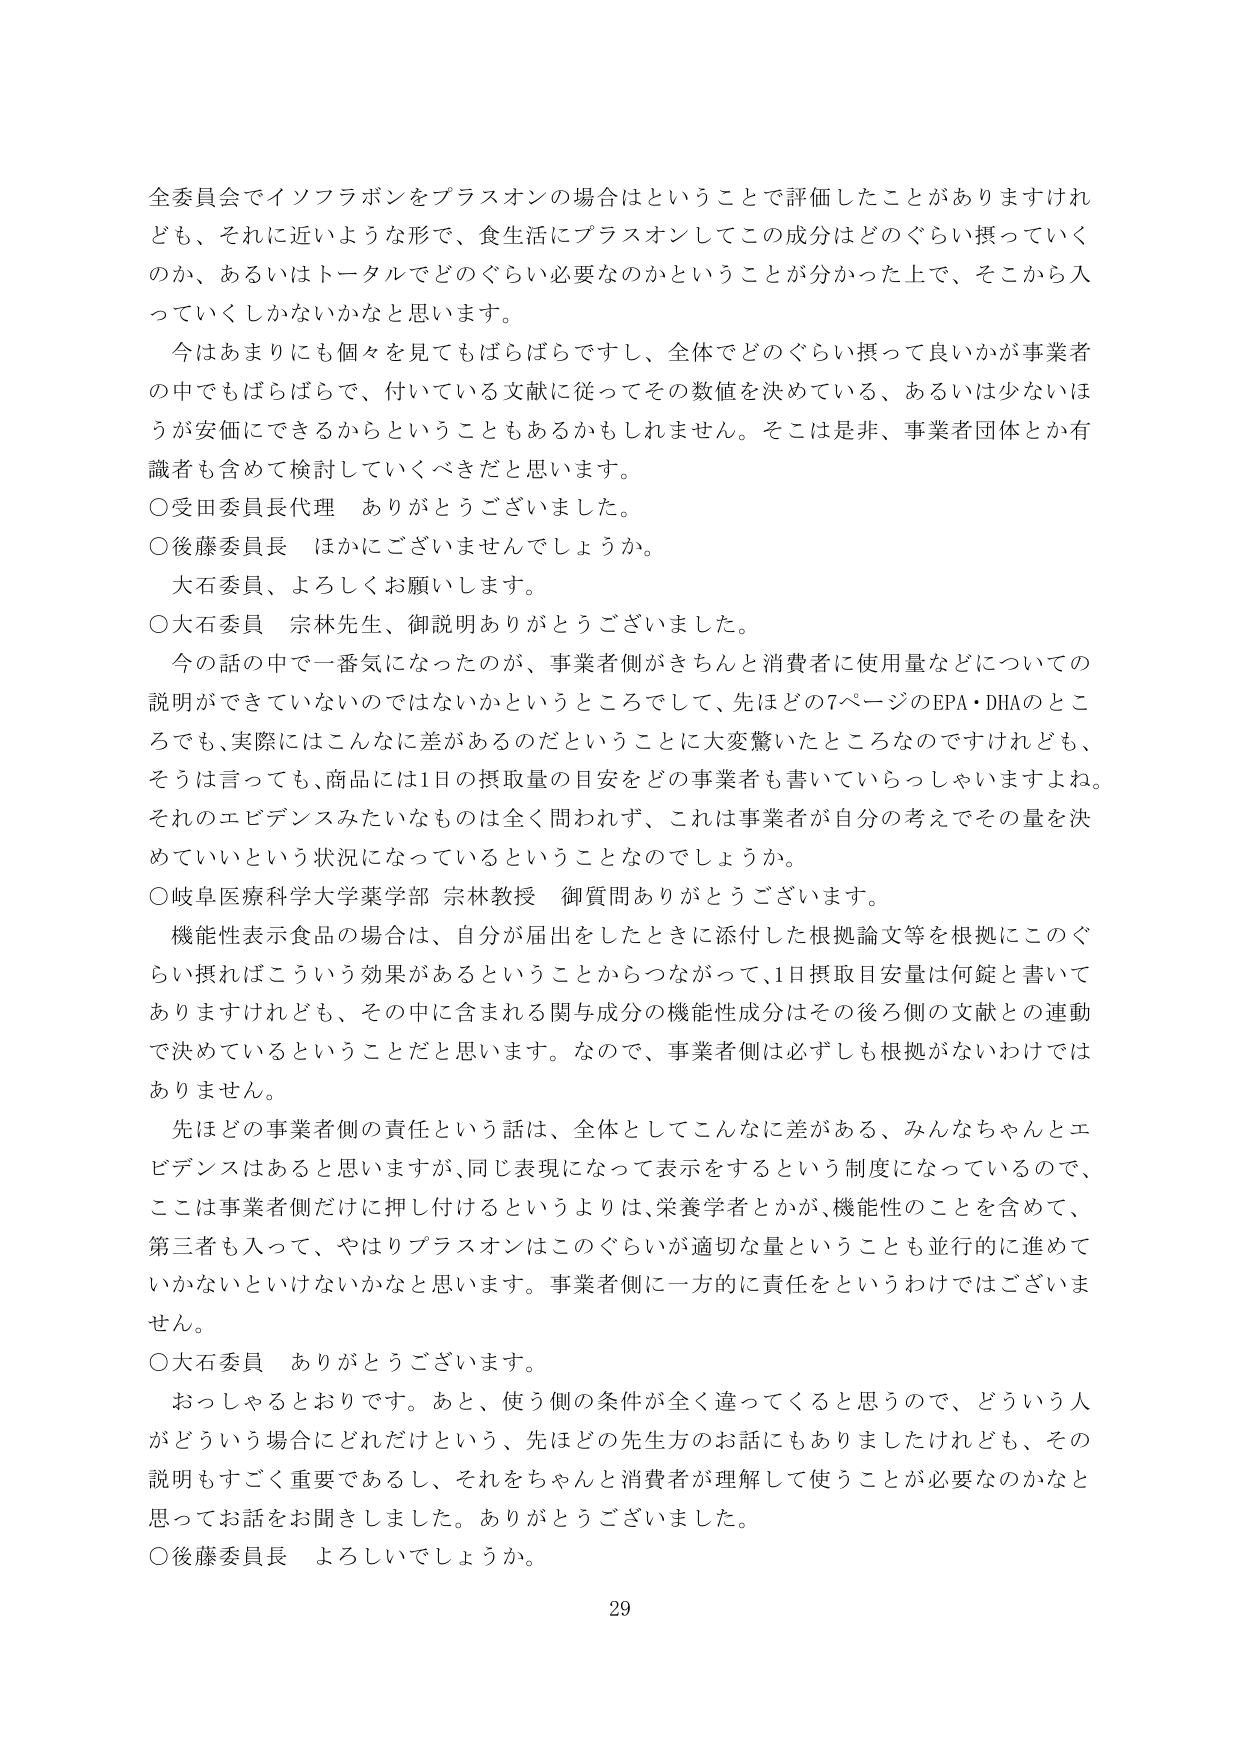
全委員会でイソフラボンをプラスオンの場合はということで評価したことがありますけれども、それに近いような形で、食生活にプラスオンしてこの成分はどのぐらい摂っていくのか、あるいはトータルでどのぐらい必要なのかということが分かった上で、そこから入っていくしかないかなと思います。

今はあまりにも個々を見てもららばらですし、全体でどのぐらい摂って良いかが事業者の中でもばらばらで、付いている文献に従ってその数値を決めている、あるいは少ないほうが安価にできるからということもあるかもしれません。そこは是非、事業者団体とか有識者も含めて検討していくべきだと思います。

○受田委員長代理　ありがとうございました。

○後藤委員長　ほかにございませんでしょうか。

大石委員、よろしくお願いします。

○大石委員　宗林先生、御説明ありがとうございました。

今の話の中で一番気になったのが、事業者側がきちんと消費者に使用量などについての説明ができていないのではないかというところでして、先ほどの7ページのEPA・DHAのところでも、実際にはこんなに差があるのだということに大変驚いたところなのですがけれども、そうは言っても、商品には1日の摂取量の目安をどの事業者も書いていらっしゃいますよね。それのエビデンスみたいなものは全く問われず、これは事業者が自分の考えでその量を決めているという状況になっているということなのでしょうか。

○岐阜医療科学大学薬学部 宗林教授　御質問ありがとうございます。

機能性表示食品の場合は、自分が届出をしたときに添付した根拠論文等を根拠にこのぐらい摂ればこういう効果があるということからつながって、1日摂取目安量は何錠と書いてありますけれども、その中に含まれる関与成分の機能性成分はその後ろ側の文献との連動で決めているということだと思います。なので、事業者側は必ずしも根拠がないわけではありません。

先ほどの事業者側の責任という話は、全体としてこんなに差がある、みんなちゃんとエビデンスはあると思いますが、同じ表現になって表示をするという制度になっているので、ここは事業者側だけに押し付けるというよりは、栄養学者とかが、機能性のことを含めて、第三者も入って、やはりプラスオンはこのぐらいが適切な量ということも並行的に進めていかないといけないかなと思います。事業者側に一方的に責任をというわけではございません。

○大石委員　ありがとうございます。

おっしゃるとおりです。あと、使う側の条件が全く違ってくると思うので、どういう人がどういう場合にどれだけという、先ほどの先生方のお話にもありましたけれども、その説明もすごく重要であるし、それをちゃんと消費者が理解して使うことが必要なのかなと思ってお話を聞きました。ありがとうございました。

○後藤委員長　よろしいでしょうか。

29